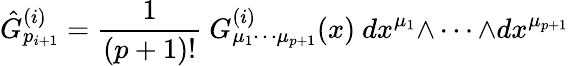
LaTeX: \hat{G}_{p_{i+1}}^{(i)}={\frac{1}{(p+1)!}}\ G_{\mu_{1}\cdots\mu_{p+1}}^{(i)}(x)\ dx^{\mu_{1}}{\wedge\cdots\wedge}dx^{\mu_{p+1}}